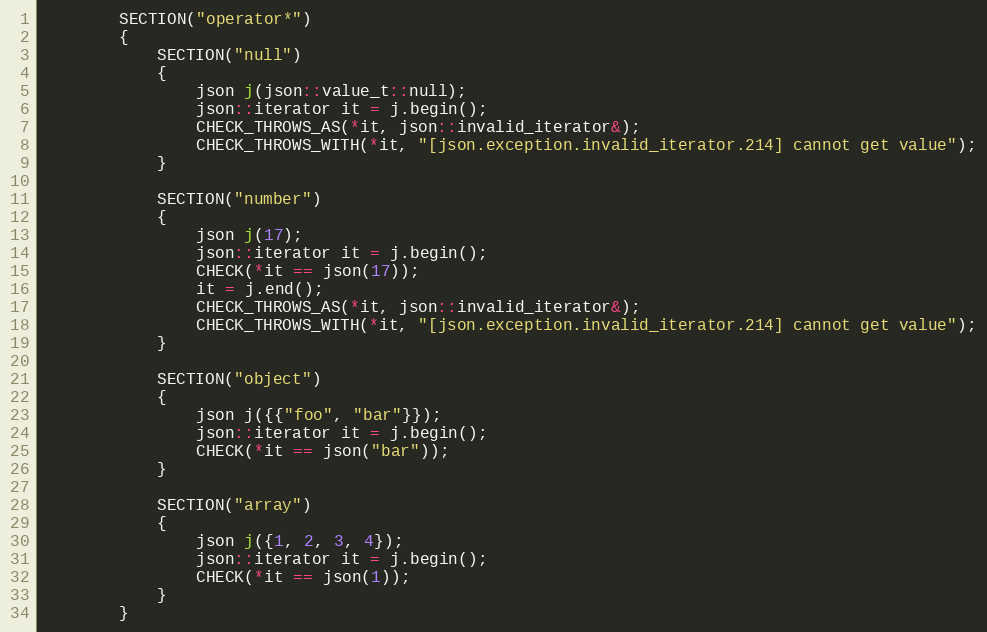
Language: C++
        SECTION("operator*")
        {
            SECTION("null")
            {
                json j(json::value_t::null);
                json::iterator it = j.begin();
                CHECK_THROWS_AS(*it, json::invalid_iterator&);
                CHECK_THROWS_WITH(*it, "[json.exception.invalid_iterator.214] cannot get value");
            }

            SECTION("number")
            {
                json j(17);
                json::iterator it = j.begin();
                CHECK(*it == json(17));
                it = j.end();
                CHECK_THROWS_AS(*it, json::invalid_iterator&);
                CHECK_THROWS_WITH(*it, "[json.exception.invalid_iterator.214] cannot get value");
            }

            SECTION("object")
            {
                json j({{"foo", "bar"}});
                json::iterator it = j.begin();
                CHECK(*it == json("bar"));
            }

            SECTION("array")
            {
                json j({1, 2, 3, 4});
                json::iterator it = j.begin();
                CHECK(*it == json(1));
            }
        }